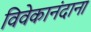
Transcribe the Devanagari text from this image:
विवेकानंदाना